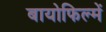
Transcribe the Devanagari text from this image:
बायोफिल्में